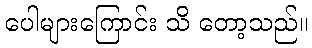
ပေါများကြောင်း သိ တော့သည်။